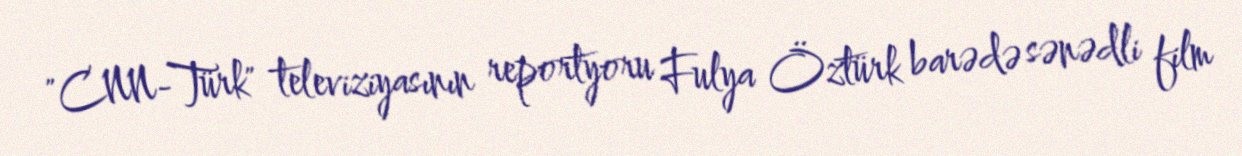
"CNN-Türk" televiziyasının reportyoru Fulya Öztürk barədə sənədli film